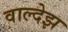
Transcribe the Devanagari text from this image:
वाल्देझ